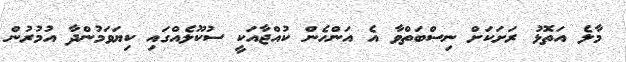
މާލެ އަތޮޅު ރަށަކަށް ނިސްބަތްވާ އެ އަންހެން ކުއްޖާއަކީ ސުކޫލެއްގައި ކިޔަވަމުންދާ އުމުރުން